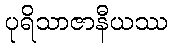
ပုရိသာဇာနီယဿ